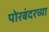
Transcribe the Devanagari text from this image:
पोरबंदरच्या